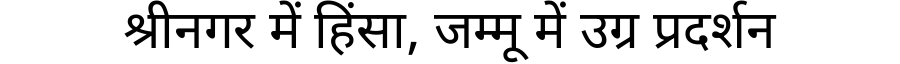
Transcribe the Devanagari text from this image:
श्रीनगर में हिंसा, जम्मू में उग्र प्रदर्शन